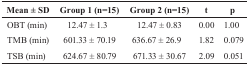
| Mean ± SD | Group 1 (n=15) | Group 2 (n=15) | t | p |
 | --- | --- | --- | --- | --- |
 | OBT (min) | 12.47 ± 1.3 | 12.47 ± 0.83 | 0.00 | 1.00 |
 | TMB (min) | 601.33 ± 70.19 | 636.67 ± 26.9 | 1.82 | 0.079 |
 | TSB (min) | 624.67 ± 80.79 | 671.33 ± 30.67 | 2.09 | 0.051 |